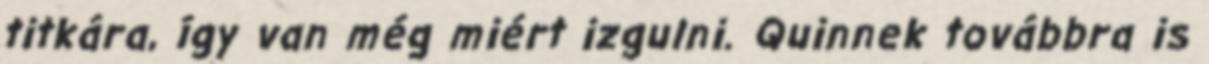
titkára, így van még miért izgulni. Quinnek továbbra is